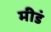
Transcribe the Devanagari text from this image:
मीडं